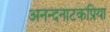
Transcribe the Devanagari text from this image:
अनन्दनाटकप्रिया